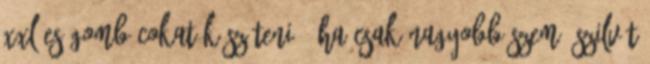
XXL-es gombócokat készíteni : Ha csak nagyobb szemű szilvát